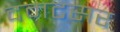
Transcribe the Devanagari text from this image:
दमटसर